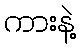
ကားနဲ့